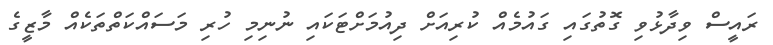
ރައީސް ވިދާޅުވި ގޮތުގައި ގައުމެއް ކުރިއަށް ދިއުމަށްޓަކައި ނުނިމި ހުރި މަސައްކަތްތަކެއް މާޒީގެ